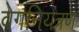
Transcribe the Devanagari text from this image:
वेगनियंत्रण